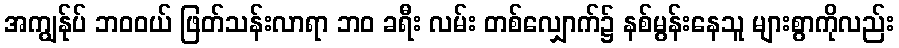
အကျွန်ုပ် ဘဝဝယ် ဖြတ်သန်းလာရာ ဘဝ ခရီး လမ်း တစ်လျှောက်၌ နစ်မွန်းနေသူ များစွာကိုလည်း